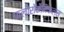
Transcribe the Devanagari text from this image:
फ्लोरोकेमिकल्स